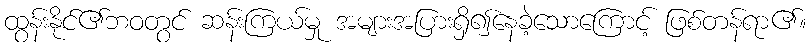
ထွန်းနိုင်၏ဘဝတွင် ဆန်းကြယ်မှု အများအပြားရှိ၍နေခဲ့သောကြောင့် ဖြစ်တန်ရာ၏။